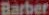
Barber